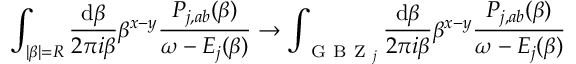
\int _ { | \beta | = R } \frac { \mathrm { d } \beta } { 2 \pi i \beta } \beta ^ { x - y } \frac { P _ { j , a b } ( \beta ) } { \omega - E _ { j } ( \beta ) } \to \int _ { \mathrm { ~ G ~ B ~ Z ~ } _ { j } } \frac { \mathrm { d } \beta } { 2 \pi i \beta } \beta ^ { x - y } \frac { P _ { j , a b } ( \beta ) } { \omega - E _ { j } ( \beta ) }